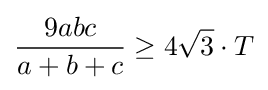
{\frac {9abc}{a+b+c}}\geq 4{\sqrt {3}}\cdot T